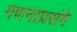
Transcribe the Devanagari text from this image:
गणनाप्रसंगे